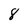
Character: 8